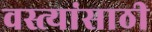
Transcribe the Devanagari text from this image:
वस्त्यांसाठी